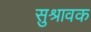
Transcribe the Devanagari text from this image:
सुश्रावक